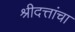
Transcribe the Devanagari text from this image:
श्रीदत्तांचा